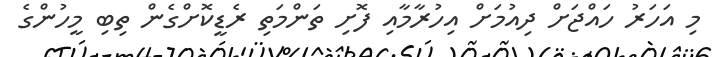
މި އަހަރު ހައްޖަށް ދިއުމަށް އިހުރާމާއި ފޮށި ތަންމަތި ރެޑީކޮށްގެން ތިބި މީހުންގެ